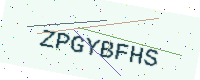
Text: ZPGYBFHS